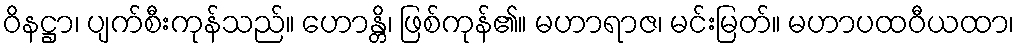
ဝိနဋ္ဌာ၊ ပျက်စီးကုန်သည်။ ဟောန္တိ၊ ဖြစ်ကုန်၏။ မဟာရာဇ၊ မင်းမြတ်။ မဟာပထဝီယထာ၊